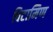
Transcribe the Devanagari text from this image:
विटामिण